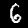
Label: 6